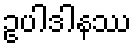
ဥပါဒါနဿ